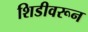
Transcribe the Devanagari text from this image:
शिडीवरून